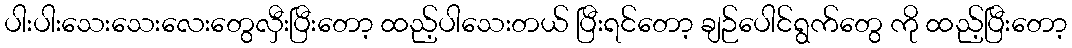
ပါးပါးသေးသေးလေးတွေလှီးပြီးတော့ ထည့်ပါသေးတယ် ပြီးရင်တော့ ချဉ်ပေါင်ရွက်တွေ ကို ထည့်ပြီးတော့